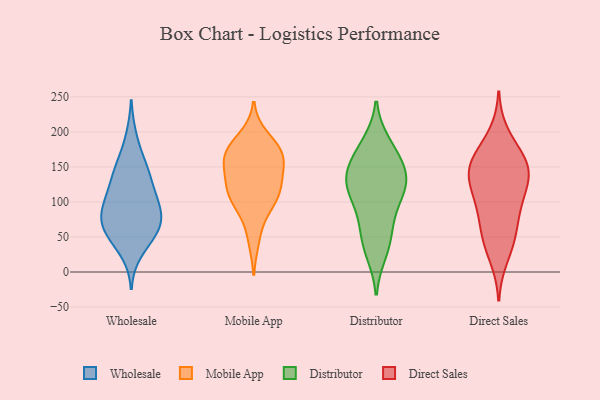
{"axis": {"x": "Budget (USD K)", "y": "Value"}, "legend": ["Direct Sales", "Distributor", "Mobile App", "Wholesale"], "data": [{"x": "", "y": 118, "type": "Wholesale"}, {"x": "", "y": 95, "type": "Wholesale"}, {"x": "", "y": 28, "type": "Wholesale"}, {"x": "", "y": 54, "type": "Wholesale"}, {"x": "", "y": 110, "type": "Wholesale"}, {"x": "", "y": 143, "type": "Wholesale"}, {"x": "", "y": 58, "type": "Wholesale"}, {"x": "", "y": 71, "type": "Wholesale"}, {"x": "", "y": 91, "type": "Wholesale"}, {"x": "", "y": 61, "type": "Wholesale"}, {"x": "", "y": 76, "type": "Wholesale"}, {"x": "", "y": 129, "type": "Wholesale"}, {"x": "", "y": 152, "type": "Wholesale"}, {"x": "", "y": 155, "type": "Wholesale"}, {"x": "", "y": 48, "type": "Wholesale"}, {"x": "", "y": 78, "type": "Wholesale"}, {"x": "", "y": 94, "type": "Wholesale"}, {"x": "", "y": 193, "type": "Wholesale"}, {"x": "", "y": 176, "type": "Mobile App"}, {"x": "", "y": 193, "type": "Mobile App"}, {"x": "", "y": 123, "type": "Mobile App"}, {"x": "", "y": 154, "type": "Mobile App"}, {"x": "", "y": 173, "type": "Mobile App"}, {"x": "", "y": 141, "type": "Mobile App"}, {"x": "", "y": 115, "type": "Mobile App"}, {"x": "", "y": 168, "type": "Mobile App"}, {"x": "", "y": 105, "type": "Mobile App"}, {"x": "", "y": 118, "type": "Mobile App"}, {"x": "", "y": 104, "type": "Mobile App"}, {"x": "", "y": 170, "type": "Mobile App"}, {"x": "", "y": 83, "type": "Mobile App"}, {"x": "", "y": 46, "type": "Mobile App"}, {"x": "", "y": 155, "type": "Mobile App"}, {"x": "", "y": 180, "type": "Distributor"}, {"x": "", "y": 27, "type": "Distributor"}, {"x": "", "y": 121, "type": "Distributor"}, {"x": "", "y": 147, "type": "Distributor"}, {"x": "", "y": 36, "type": "Distributor"}, {"x": "", "y": 110, "type": "Distributor"}, {"x": "", "y": 53, "type": "Distributor"}, {"x": "", "y": 125, "type": "Distributor"}, {"x": "", "y": 163, "type": "Distributor"}, {"x": "", "y": 113, "type": "Distributor"}, {"x": "", "y": 184, "type": "Distributor"}, {"x": "", "y": 84, "type": "Distributor"}, {"x": "", "y": 70, "type": "Distributor"}, {"x": "", "y": 139, "type": "Distributor"}, {"x": "", "y": 128, "type": "Distributor"}, {"x": "", "y": 151, "type": "Distributor"}, {"x": "", "y": 90, "type": "Direct Sales"}, {"x": "", "y": 42, "type": "Direct Sales"}, {"x": "", "y": 197, "type": "Direct Sales"}, {"x": "", "y": 85, "type": "Direct Sales"}, {"x": "", "y": 134, "type": "Direct Sales"}, {"x": "", "y": 103, "type": "Direct Sales"}, {"x": "", "y": 20, "type": "Direct Sales"}, {"x": "", "y": 156, "type": "Direct Sales"}, {"x": "", "y": 131, "type": "Direct Sales"}, {"x": "", "y": 54, "type": "Direct Sales"}, {"x": "", "y": 149, "type": "Direct Sales"}, {"x": "", "y": 113, "type": "Direct Sales"}, {"x": "", "y": 171, "type": "Direct Sales"}, {"x": "", "y": 136, "type": "Direct Sales"}, {"x": "", "y": 151, "type": "Direct Sales"}, {"x": "", "y": 55, "type": "Direct Sales"}, {"x": "", "y": 162, "type": "Direct Sales"}]}